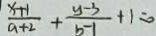
\frac { x + 1 } { a + 2 } + \frac { y - 3 } { b - 1 } + 1 = 0